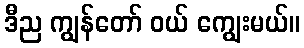
ဒီည ကျွန်တော် ဝယ် ကျွေးမယ်။